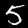
Label: 5